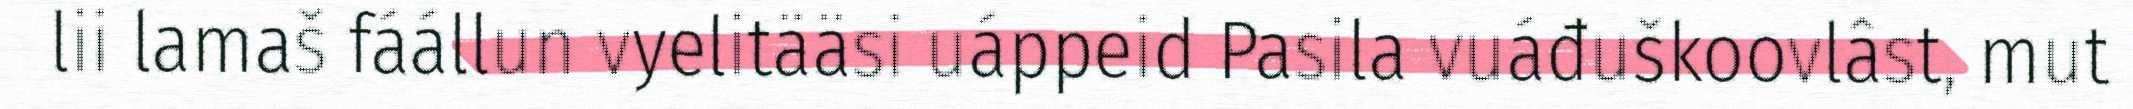
lii lamaš fáállun vyelitääsi uáppeid Pasila vuáđuškoovlâst, mut